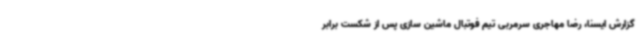
گزارش ایسنا، رضا مهاجری سرمربی تیم فوتبال ماشین سازی پس از شکست برابر